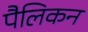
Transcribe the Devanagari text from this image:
पैलिकन